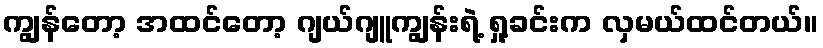
ကျွန်တော့ အထင်တော့ ဂျယ်ဂျူကျွန်းရဲ့ ရှု့ခင်းက လှမယ်ထင်တယ်။